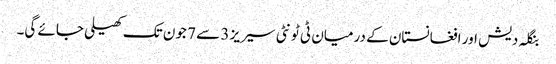
بنگلہ دیش اور افغانستان کے درمیان ٹی ٹونٹی سیریز 3 سے 7 جون تک کھیلی جائے گی۔